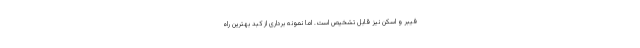
فیبر و اسکن نیز قابل تشخیص است. اما نمونه برداری از کبد بهترین راه